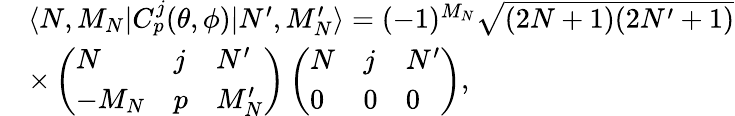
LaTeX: \begin{array}{rl}&{\langle N,M_{N}|C_{p}^{j}(\theta,\phi)|N^{\prime},M_{N}^{\prime}\rangle=(-1)^{M_{N}}\sqrt{(2N+1)(2N^{\prime}+1)}}\\ &{\times\left(\begin{array}{lll}{N}&{j}&{N^{\prime}}\\ {-M_{N}}&{p}&{M_{N}^{\prime}}\end{array}\right)\left(\begin{array}{lll}{N}&{j}&{N^{\prime}}\\ {0}&{0}&{0}\end{array}\right),}\end{array}